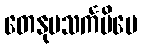
တေနုပသင်္ကမိပေ